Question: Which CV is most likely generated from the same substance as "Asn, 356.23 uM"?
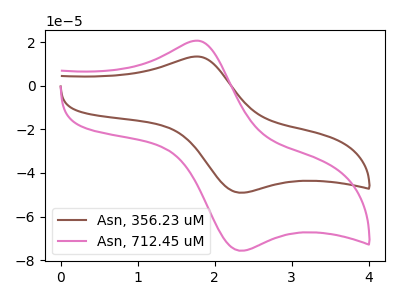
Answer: <think>The brown curve "Asn, 356.23 uM" has an anodic peak at (1.75V, 13.40uA) and a cathodic peak at (2.35V, -49.10uA). The pink curve "Asn, 712.45 uM" has an anodic peak at (1.75V, 20.65uA) and a cathodic peak at (2.35V, -75.70uA).
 All the peaks in "Asn, 356.23 uM" have a peak in "Asn, 712.45 uM" at the same potential. Every peak in "Asn, 356.23 uM" is lower than every peak in "Asn, 712.45 uM".</think>
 <answer>The CV with the most similar shape to "Asn, 712.45 uM" is "Asn, 356.23 uM".</answer>
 <eval>"Asn, 356.23 uM"</eval>